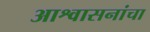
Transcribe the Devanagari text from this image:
आश्वासनांचा